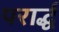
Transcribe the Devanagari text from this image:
परार्द्ध